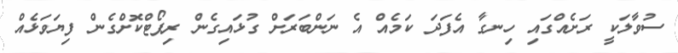
ސުވާލަކީ ރަށެއްގައި ހިނގާ އެފަދަ ކަމެއް އެ ނަންބަރަށް ގުޅައިގެން ރިޕޯޓްކޮށްގެން ފިޔަވަޅެއް